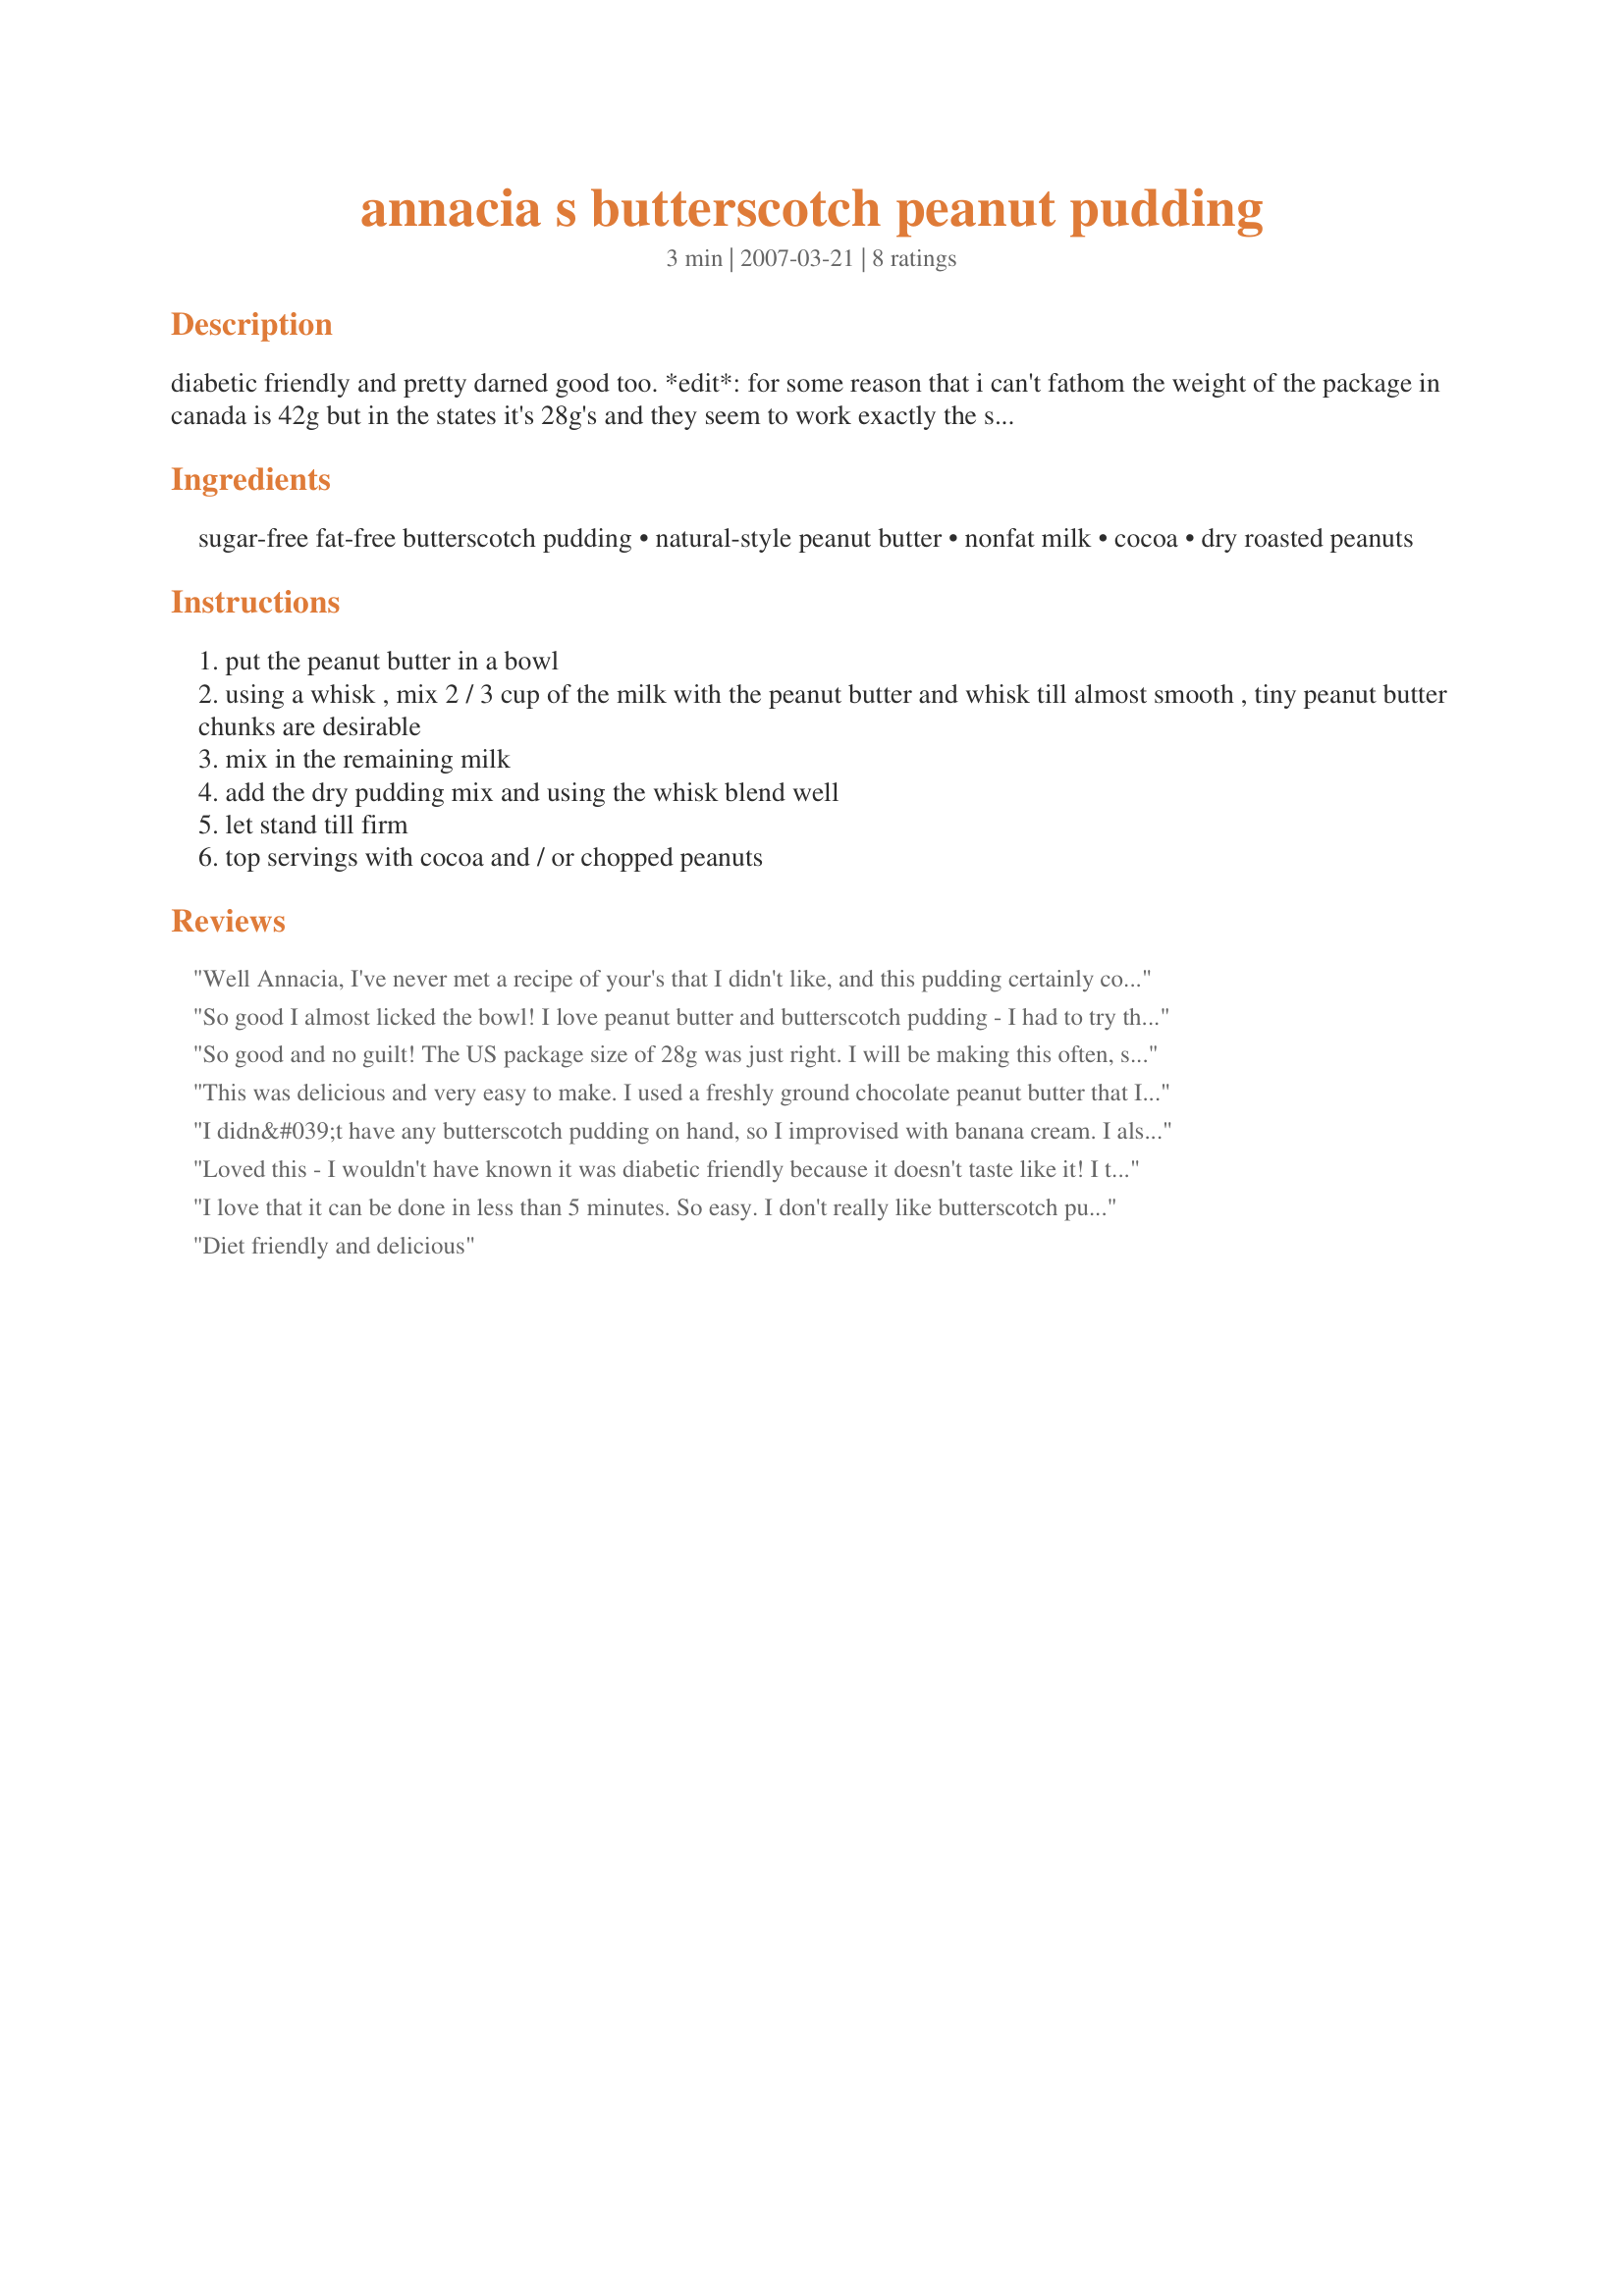
annacia s butterscotch peanut pudding
Preparation time: 3 minutes

diabetic friendly and pretty darned good too. *edit*: for some reason that i can't fathom the weight of the package in canada is 42g but in the states it's 28g's and they seem to work exactly the same.

Ingredients:
sugar-free fat-free butterscotch pudding, natural-style peanut butter, nonfat milk, cocoa, dry roasted peanuts

Steps:
put the peanut butter in a bowl
using a whisk , mix 2 / 3 cup of the milk with the peanut butter and whisk till almost smooth , tiny peanut butter chunks are desirable
mix in the remaining milk
add the dry pudding mix and using the whisk blend well
let stand till firm
top servings with cocoa and / or chopped peanuts

Reviews:
Well Annacia, I've never met a recipe of your's that I didn't like, and this pudding certainly continues that trend! I couldn't find a 42g package of pudding, so I used a 28g package. The directions on the package said to use 2 cups milk, so I used the full amount and used the 2 Tablespoons peanut butter like the recipe called for. It was just the right touch of peanut butter. I didn't top it with anything because it was perfect the way it was! Thanks!
So good I almost licked the bowl! I love peanut butter and butterscotch pudding - I had to try this after seeing it referenced in a recipe by mikekey and very glad that I did. I topped it with chopped peanuts and just a little dollop of cool whip - this made a great cool treat on a very hot summer day yesterday! A must-try for peanut-butter lovers!! Made for Holiday tag game.
So good and no guilt! The US package size of 28g was just right. I will be making this often, since it satisfied my sweet tooth without sugar and fat. I am going to try it with the cocoa stirred in next time to make it like a Reese's :)
This was delicious and very easy to make. I used a freshly ground chocolate peanut butter that I ground at whole foods market. It tasted like a butterfinger.
I didn&#039;t have any butterscotch pudding on hand, so I improvised with banana cream. I also subbed the crunchy/ original peanut butter with Kraft peanut butter with cranberries, then added some chopped walnuts for crunch and texture..Voila! It took on a whole new identity! Thank you for the inspiration :)
Loved this - I wouldn't have known it was diabetic friendly because it doesn't taste like it! I topped the servings with peanuts and it was yummy. A very easy dessert to put together! Thanks, Annacia.
I love that it can be done in less than 5 minutes. So easy. I don't really like butterscotch pudding but with the peanut butter added to it, it's great. So yummy. I'll have to give the recipe to my mother who loves butterscotch pudding. It's a great light dessert. I used reduced-fat peanut butter and a light pudding. Thanks Annacia :) Made for Zaar Star game
Diet friendly and delicious
